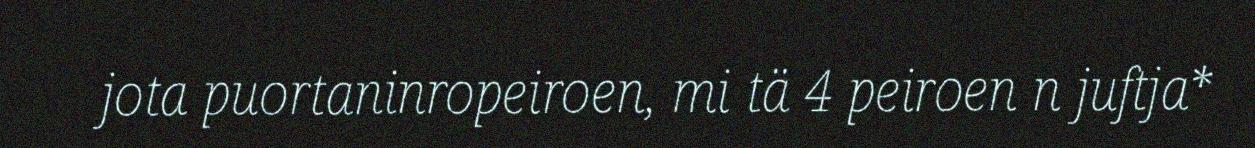
jota puortaninropeiroen, mi tä 4 peiroen n juftja*